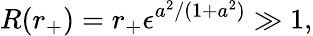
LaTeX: R(r_{+})=r_{+}\epsilon^{a^{2}/(1+a^{2})}\gg 1,